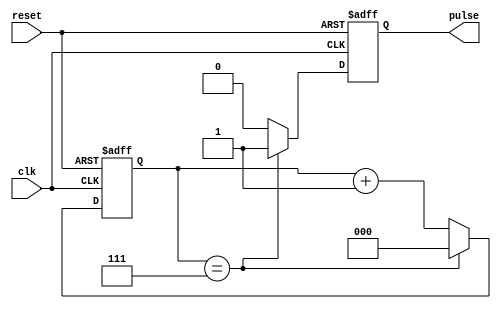
module divide_by_n_counter #(
    parameter N = 8  // Parameter to define the divide value (N)
)(
    input wire clk,       // Clock input
    input wire reset,     // Asynchronous reset input
    output reg pulse      // Output pulse signal
);

    // Calculate the number of bits needed to represent N
    localparam COUNTER_BITS = $clog2(N);
    
    reg [COUNTER_BITS-1:0] count; // Counter state

    // Asynchronous reset and counting logic
    always @(posedge clk or posedge reset) begin
        if (reset) begin
            count <= 0; // Reset counter to 0
            pulse <= 0; // Reset pulse output
        end else begin
            if (count == N-1) begin
                count <= 0; // Reset counter to 0 after reaching N-1
                pulse <= 1;  // Assert pulse output
            end else begin
                count <= count + 1; // Increment counter
                pulse <= 0; // Deassert pulse output
            end
        end
    end

endmodule